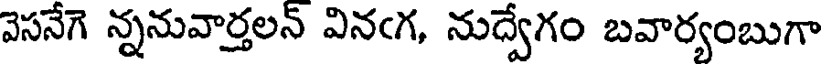
వెసనేగె న్ననువార్తలన్ వినఁగ, నుద్వేగం బవార్యంబుగా